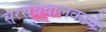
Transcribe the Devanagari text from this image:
सरसंघचालकाचे